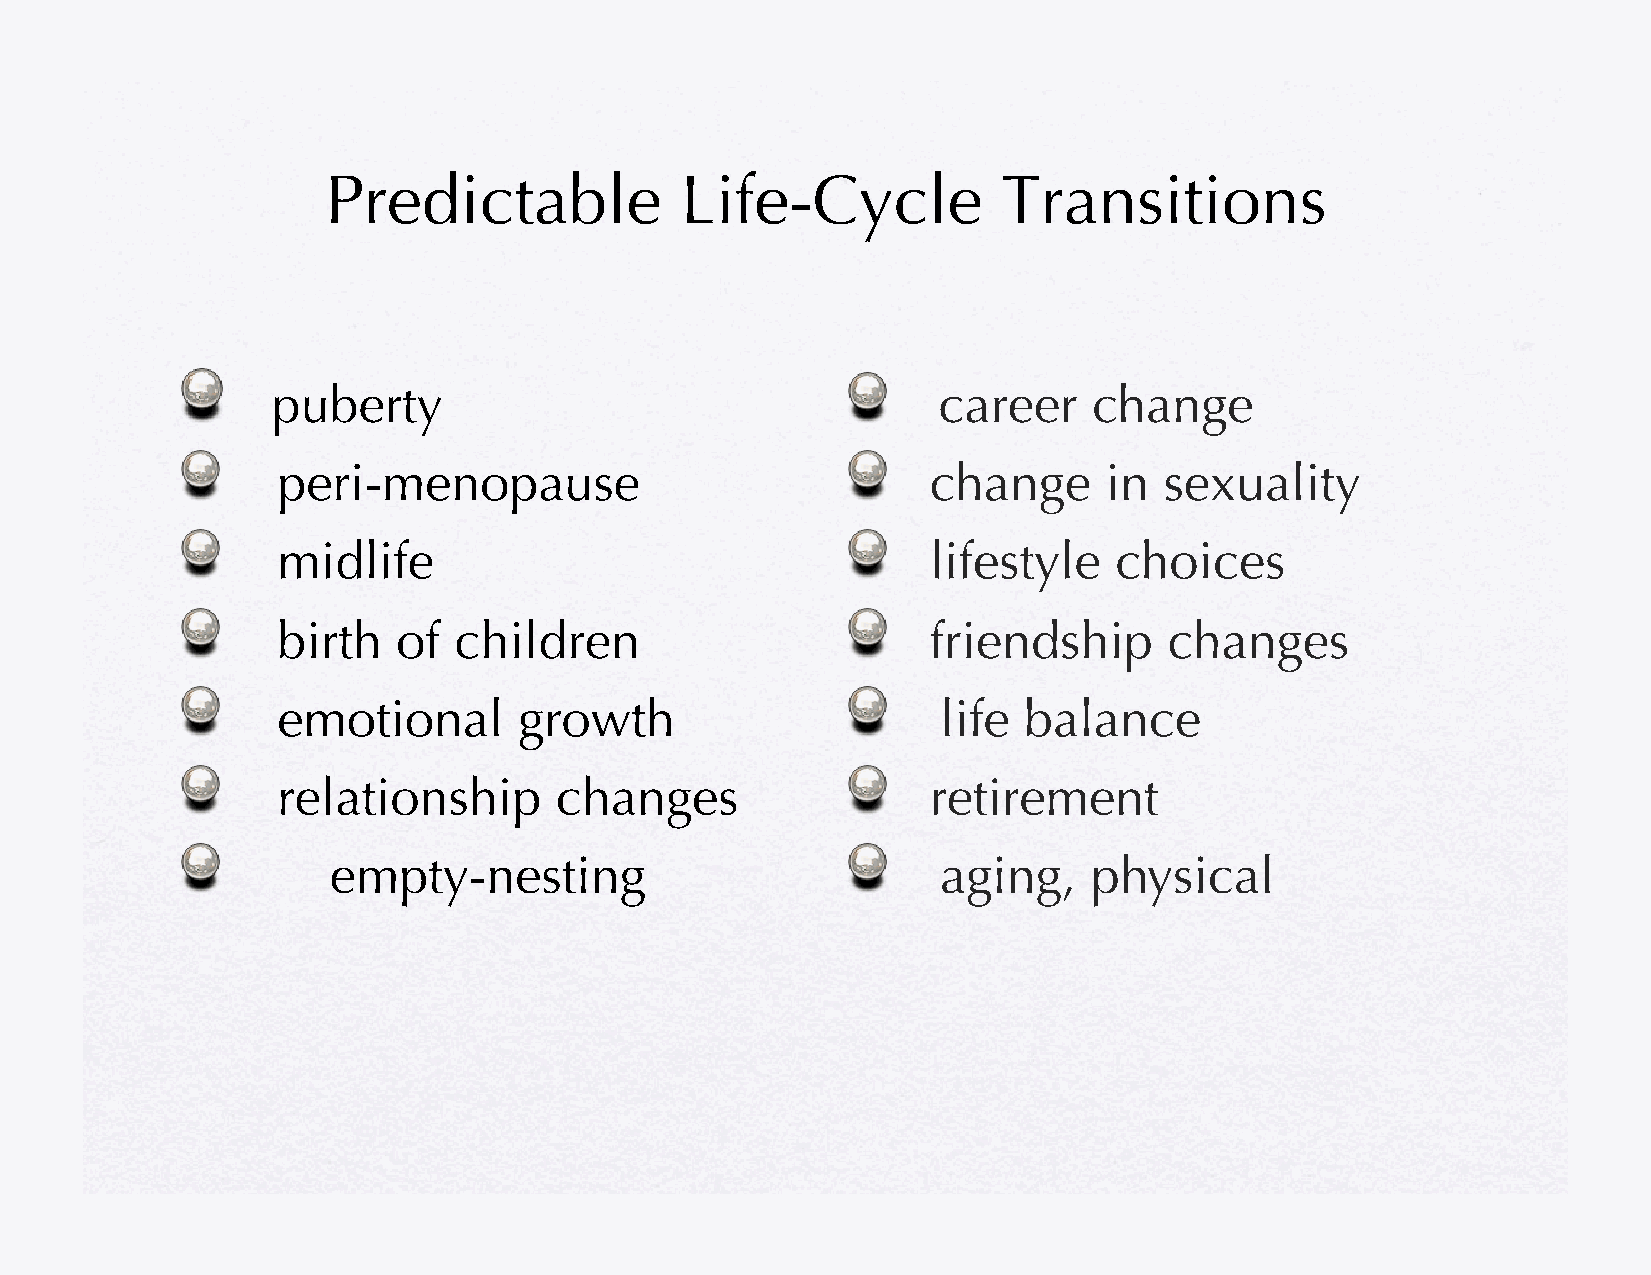
Predictable            Life-Cycle           Transitions
 !                                           !
 puberty                                     career    change
 !                                           !
 peri-menopause                              change     in  sexuality
 !                                           !
 midlife                                     lifestyle   choices
 !                                           !
 birth   of  children                        friendship     changes
 !                                           !
 emotional       growth                      life  balance
 !                                           !
 relationship       changes                  retirement
 !                                           !
 empty-nesting                           aging,    physical